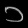
Digit: ၁